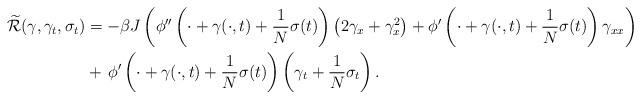
LaTeX: \begin{align*}\widetilde{\mathcal R}(\gamma,\gamma_t,\sigma_t) &= - \beta J\left(\phi''\left(\cdot + \gamma(\cdot,t) + \frac{1}{N}\sigma(t)\right)\left(2\gamma_x + \gamma_x^2\right) + \phi'\left(\cdot + \gamma(\cdot,t) + \frac{1}{N}\sigma(t)\right)\gamma_{xx}\right)\\&+ \, \phi'\left(\cdot + \gamma(\cdot,t) + \frac{1}{N}\sigma(t)\right) \left(\gamma_t + \frac{1}{N}\sigma_t\right).\end{align*}